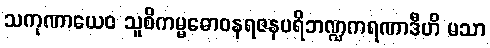
သကုဏာယေဝ သူစိကမ္မဓောဝနရဇနပရိဘဏ္ဍကရဏာဒီဟိ မသာ